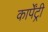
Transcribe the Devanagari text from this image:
कार्पेंट्री